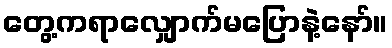
တွေ့ကရာလျှောက်မပြောနဲ့နော်။